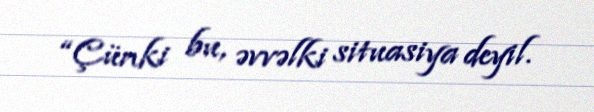
“Çünki bu, əvvəlki situasiya deyil.